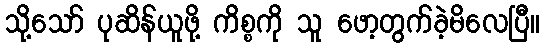
သို့သော် ပုဆိန်ယူဖို့ ကိစ္စကို သူ ဖော့တွက်ခဲ့မိလေပြီ။